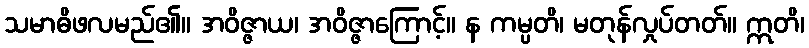
သမာဓိဖလမည်၏။ အဝိဇ္ဇာယ၊ အဝိဇ္ဇာကြောင့်။ န ကမ္ပတိ၊ မတုန်လှုပ်တတ်။ ဣတိ၊